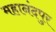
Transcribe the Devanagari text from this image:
महानंदपुर